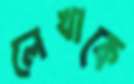
লেখাকে